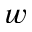
w